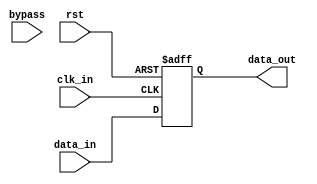
module cascade_bypass_reg(
    input wire clk_in,
    input wire rst,
    input wire bypass,
    input wire [DATA_WIDTH-1:0] data_in,
    output wire [DATA_WIDTH-1:0] data_out
);

parameter DATA_WIDTH = 8;
reg [DATA_WIDTH-1:0] reg_data;

always @(posedge clk_in or posedge rst) begin
    if (rst) begin
        reg_data <= 0;
    end else if (bypass) begin
        reg_data <= data_in;
    end else begin
        reg_data <= data_in;
    end
end

assign data_out = reg_data;

endmodule